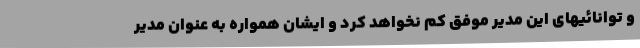
و توانائیهای این مدیر موفق کم نخواهد کرد و ایشان همواره به عنوان مدیر